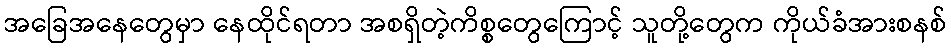
အခြေအနေတွေမှာ နေထိုင်ရတာ အစရှိတဲ့ကိစ္စတွေကြောင့် သူတို့တွေက ကိုယ်ခံအားစနစ်